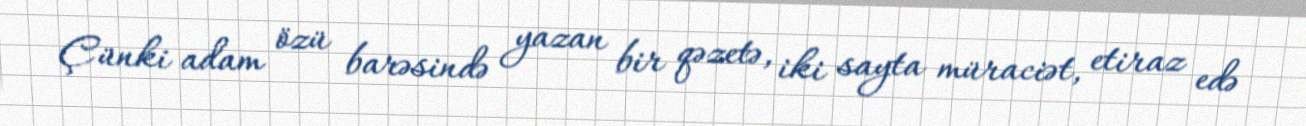
Çünki adam özü barəsində yazan bir qəzetə, iki sayta müraciət, etiraz edə